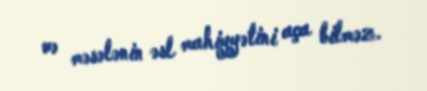
və məsələnin əsl mahiyyətini aça bilməz.